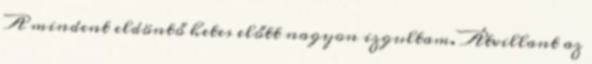
A mindent eldöntő hetes előtt nagyon izgultam. Átvillant az